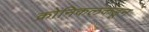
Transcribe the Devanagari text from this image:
क्रोनिकलकडून